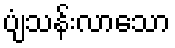
ပျံသန်းလာသော